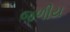
જળીય